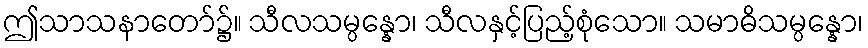
ဤသာသနာတော်၌။ သီလသမ္ပန္နော၊ သီလနှင့်ပြည့်စုံသော။ သမာဓိသမ္ပန္နော၊